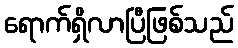
ရောက်ရှိလာပြီဖြစ်သည်